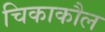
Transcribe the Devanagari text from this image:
चिकाकौल